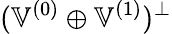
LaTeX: (\mathbb{V}^{(0)}\oplus\mathbb{V}^{(1)})^{\perp}